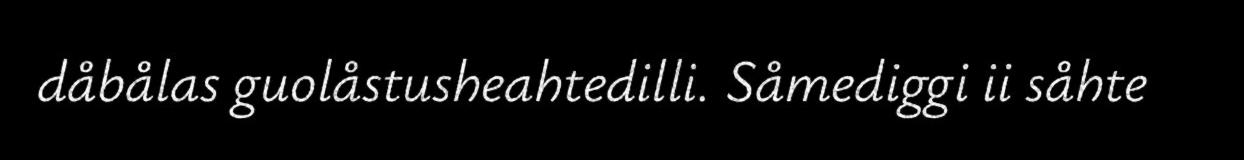
dåbålas guolåstusheahtedilli. Såmediggi ii såhte